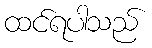
ထင်ရပါသည်